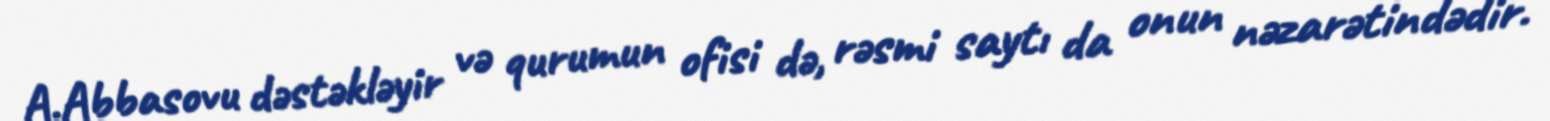
A.Abbasovu dəstəkləyir və qurumun ofisi də, rəsmi saytı da onun nəzarətindədir.